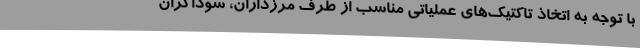
با توجه به اتخاذ تاکتیک‌های عملیاتی مناسب از طرف مرزداران، سوداگران